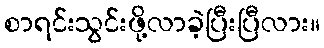
စာရင်းသွင်းဖို့လာခဲ့ပြီးပြီလား။